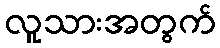
လူသားအတွက်